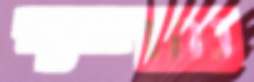
נהרייני